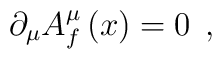
\partial _\mu A_f^\mu \left( x\right) =0\;\,,